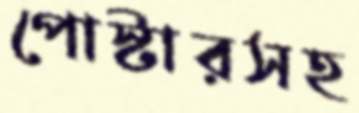
পোস্টারসহ